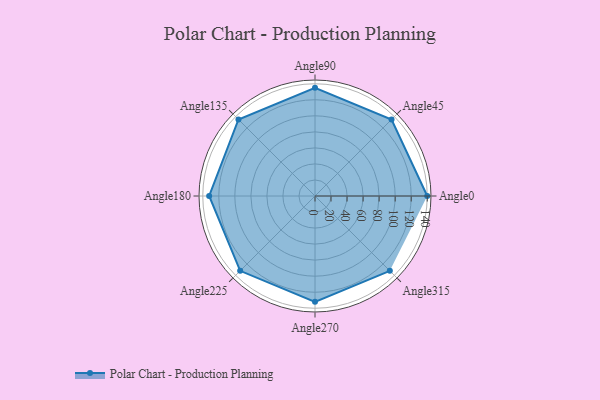
{"axis": {"x": "Angle", "y": "Radius"}, "legend": [""], "data": [{"x": "Angle0", "y": 140.0, "type": ""}, {"x": "Angle45", "y": 135.0, "type": ""}, {"x": "Angle90", "y": 135.0, "type": ""}, {"x": "Angle135", "y": 135.0, "type": ""}, {"x": "Angle180", "y": 132.0, "type": ""}, {"x": "Angle225", "y": 132.0, "type": ""}, {"x": "Angle270", "y": 132.0, "type": ""}, {"x": "Angle315", "y": 132.0, "type": ""}]}